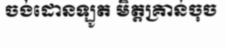
ចង់ដោនឡូត មិត្តគ្រាន់ចុច